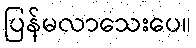
ပြန်မလာသေးပေ။